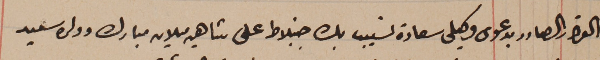
القرار الصادر بدعوى وكيلى سعادة نسيب بك جنبلاط على شاهين ميلان مبارك وولده سعيد